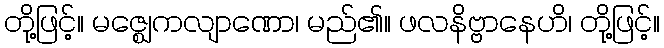
တို့ဖြင့်။ မဇ္ဈေကလျာဏော၊ မည်၏။ ဖလနိဗ္ဗာနေဟိ၊ တို့ဖြင့်။